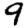
Digit: 9